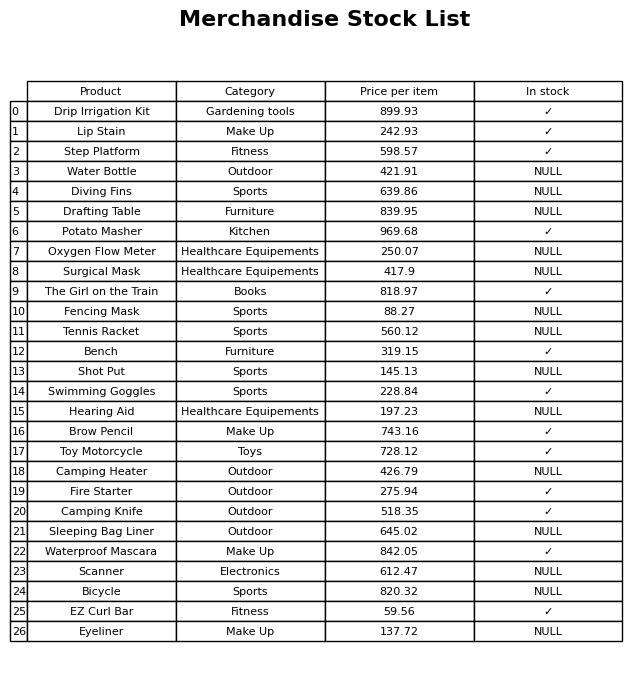
question: What is the price for Fire Starter?
answer: The price of Fire Starter is 275.94.